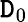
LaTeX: \mathtt{D}_{0}